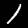
Label: 1